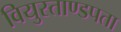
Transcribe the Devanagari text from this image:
वियुस्ताण्डपता